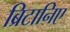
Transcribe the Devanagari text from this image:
ब्रिटानिए